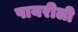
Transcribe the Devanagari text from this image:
पायरीली